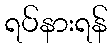
ရပ်နားရန်